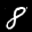
Label: 8